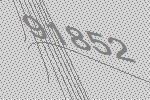
91852